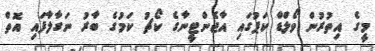
މީގެ އިތުރުން ވޯލްޑް ކަޕުގައި އާޖެންޓީނާގެ ކޯޗު ކަމުގެ ބާރު ނަގާލާފައި އޮތް